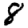
Digit: 8